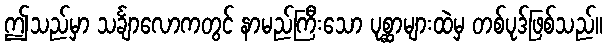
ဤသည်မှာ သင်္ချာလောကတွင် နာမည်ကြီးသော ပုစ္ဆာများထဲမှ တစ်ပုဒ်ဖြစ်သည်။